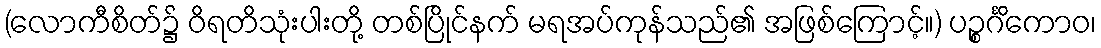
(လောကီစိတ်၌ ဝိရတိသုံးပါးတို့ တစ်ပြိုင်နက် မရအပ်ကုန်သည်၏ အဖြစ်ကြောင့်။) ပဉ္စင်္ဂိကောဝ၊